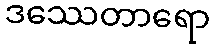
ဒဿေတာရော